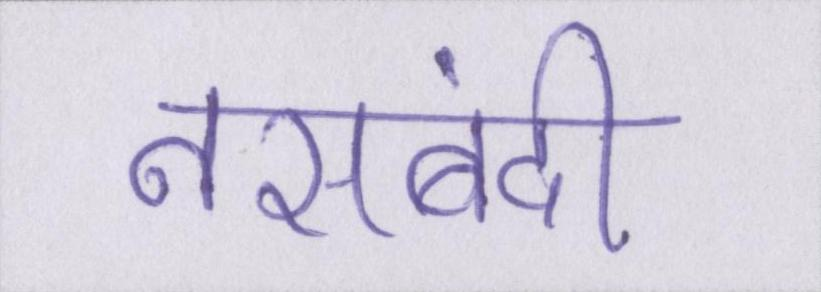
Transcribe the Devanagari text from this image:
नसबंदी